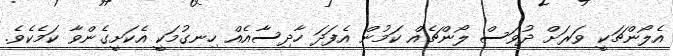
އެލޯންޗަކީ ވަރަށް ދުވަސް ލޯންޗެއް ކަމުން އެފަދަ ހާދިސާއެއް ހިނގުމަކީ އެކަށީގެންވާ ކަމެކެވެ.